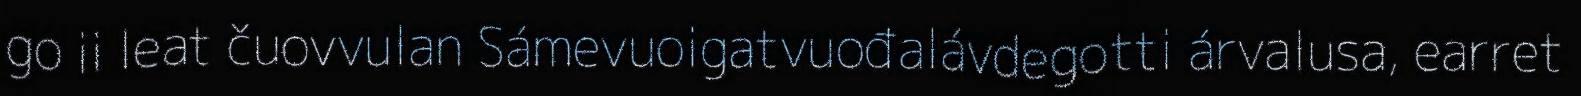
go ii leat čuovvulan Sámevuoigatvuođalávdegotti árvalusa, earret